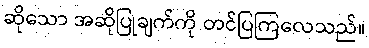
ဆိုသော အဆိုပြုချက်ကို တင်ပြကြလေသည်။